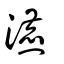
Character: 瀌